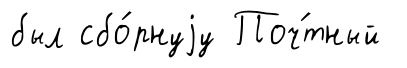
был сбо́рнуjу Поч́тный